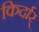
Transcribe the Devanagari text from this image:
किर्दार्